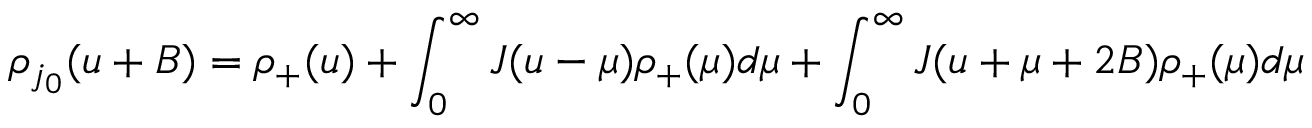
\rho _ { j _ { 0 } } ( u + B ) = \rho _ { + } ( u ) + \int _ { 0 } ^ { \infty } J ( u - \mu ) \rho _ { + } ( \mu ) d \mu + \int _ { 0 } ^ { \infty } J ( u + \mu + 2 B ) \rho _ { + } ( \mu ) d \mu